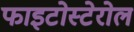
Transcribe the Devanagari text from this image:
फाइटोस्टेरोल